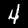
Digit: 4